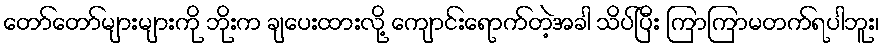
တော်တော်များများကို ဘိုးက ချပေးထားလို့ ကျောင်းရောက်တဲ့အခါ သိပ်ပြီး ကြာကြာမတက်ရပါဘူး၊